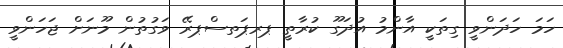
ހަމަ ހަދަންވީ ގިތަކީ އާންމު އުދަގޫ ކުރާތީ ޕރޕަތސްޕރޭ ވަގުތުން މޫނަށް ޖަހަންވީ